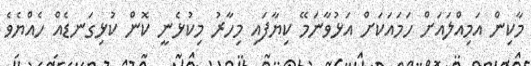
މާކިން އަމިއްލައަށް ހަމައަކަށް އަޅުވާނަމޭ ކިޔާފައި މިހާރު މިކުޅެނީ ކޮން ކުޅިގަނޑެއް ހެއްޔެވެ